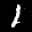
Label: 1